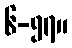
၆-၅၇။